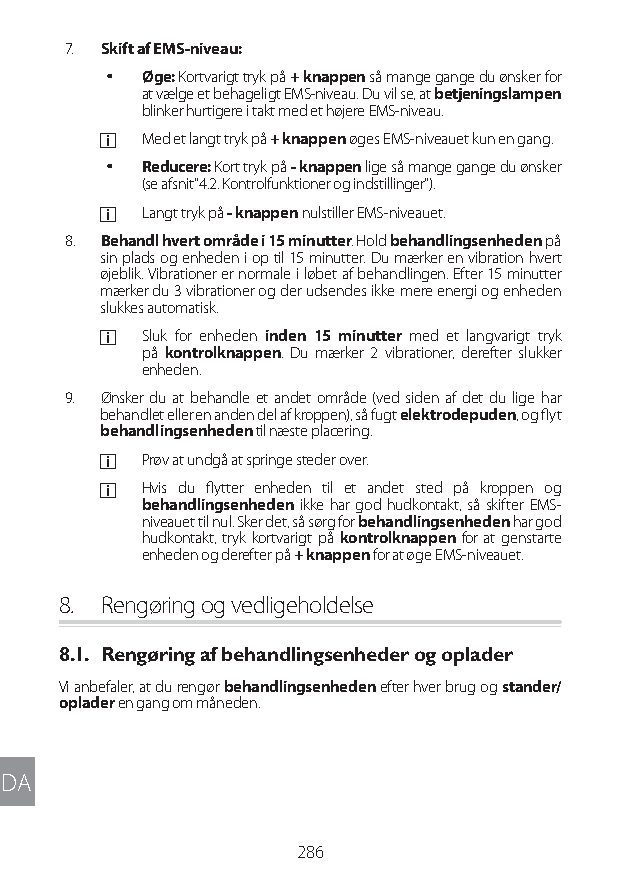
7. Skift af EMS-niveau:
 y Øge: Kortvarigt tryk på + knappen så mange gange du ønsker for
 at vælge et behageligt EMS-niveau. Du vil se, at betjeningslampen
 blinker hurtigere i takt med et højere EMS-niveau.
 a  Med et langt tryk på + knappen øges EMS-niveauet kun en gang.
 y Reducere: Kort tryk på - knappen lige så mange gange du ønsker
 (se afsnit"4.2. Kontrolfunktioner og indstillinger").
 a  Langt tryk på - knappen nulstiller EMS-niveauet.
 8. Behandl hvert område i 15 minutter. Hold behandlingsenheden på
 sin plads og enheden i op til 15 minutter. Du mærker en vibration hvert
 øjeblik. Vibrationer er normale i løbet af behandlingen. Efter 15 minutter
 mærker du 3 vibrationer og der udsendes ikke mere energi og enheden
 slukkes automatisk.
 a  Sluk for enheden inden 15 minutter med et langvarigt tryk
 på kontrolknappen. Du mærker 2 vibrationer, derefter slukker
 enheden.
 9. Ønsker du at behandle et andet område (ved siden af det du lige har
 behandlet eller en anden del af kroppen), så fugt elektrodepuden, og flyt
 behandlingsenheden til næste placering.
 a  Prøv at undgå at springe steder over.
 a  Hvis du flytter enheden til et andet sted på kroppen og
 behandlingsenheden ikke har god hudkontakt, så skifter EMS-
 niveauet til nul. Sker det, så sørg for behandlingsenheden har god
 hudkontakt, tryk kortvarigt på kontrolknappen for at genstarte
 enheden og derefter på + knappen for at øge EMS-niveauet.
 8. Rengøring og vedligeholdelse
 8.1. Rengøring af behandlingsenheder og oplader
 Vi anbefaler, at du rengør behandlingsenheden efter hver brug og stander/
 oplader en gang om måneden.
 DA
 286
 Lipo UM EU124 3545B inside ALL EU124 ED296-24 release.indd 286 14/08/2018 10:57:50